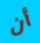
أن